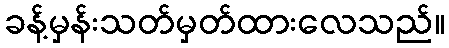
ခန့်မှန်းသတ်မှတ်ထားလေသည်။